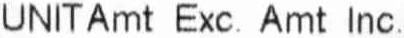
UNITAMT EXC. AMT INC.